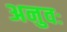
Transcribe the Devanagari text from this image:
अनुवः